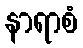
နာရာစံ